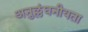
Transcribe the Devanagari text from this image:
अनुल्लंघनीयता